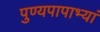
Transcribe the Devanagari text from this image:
पुण्यपापाभ्यां